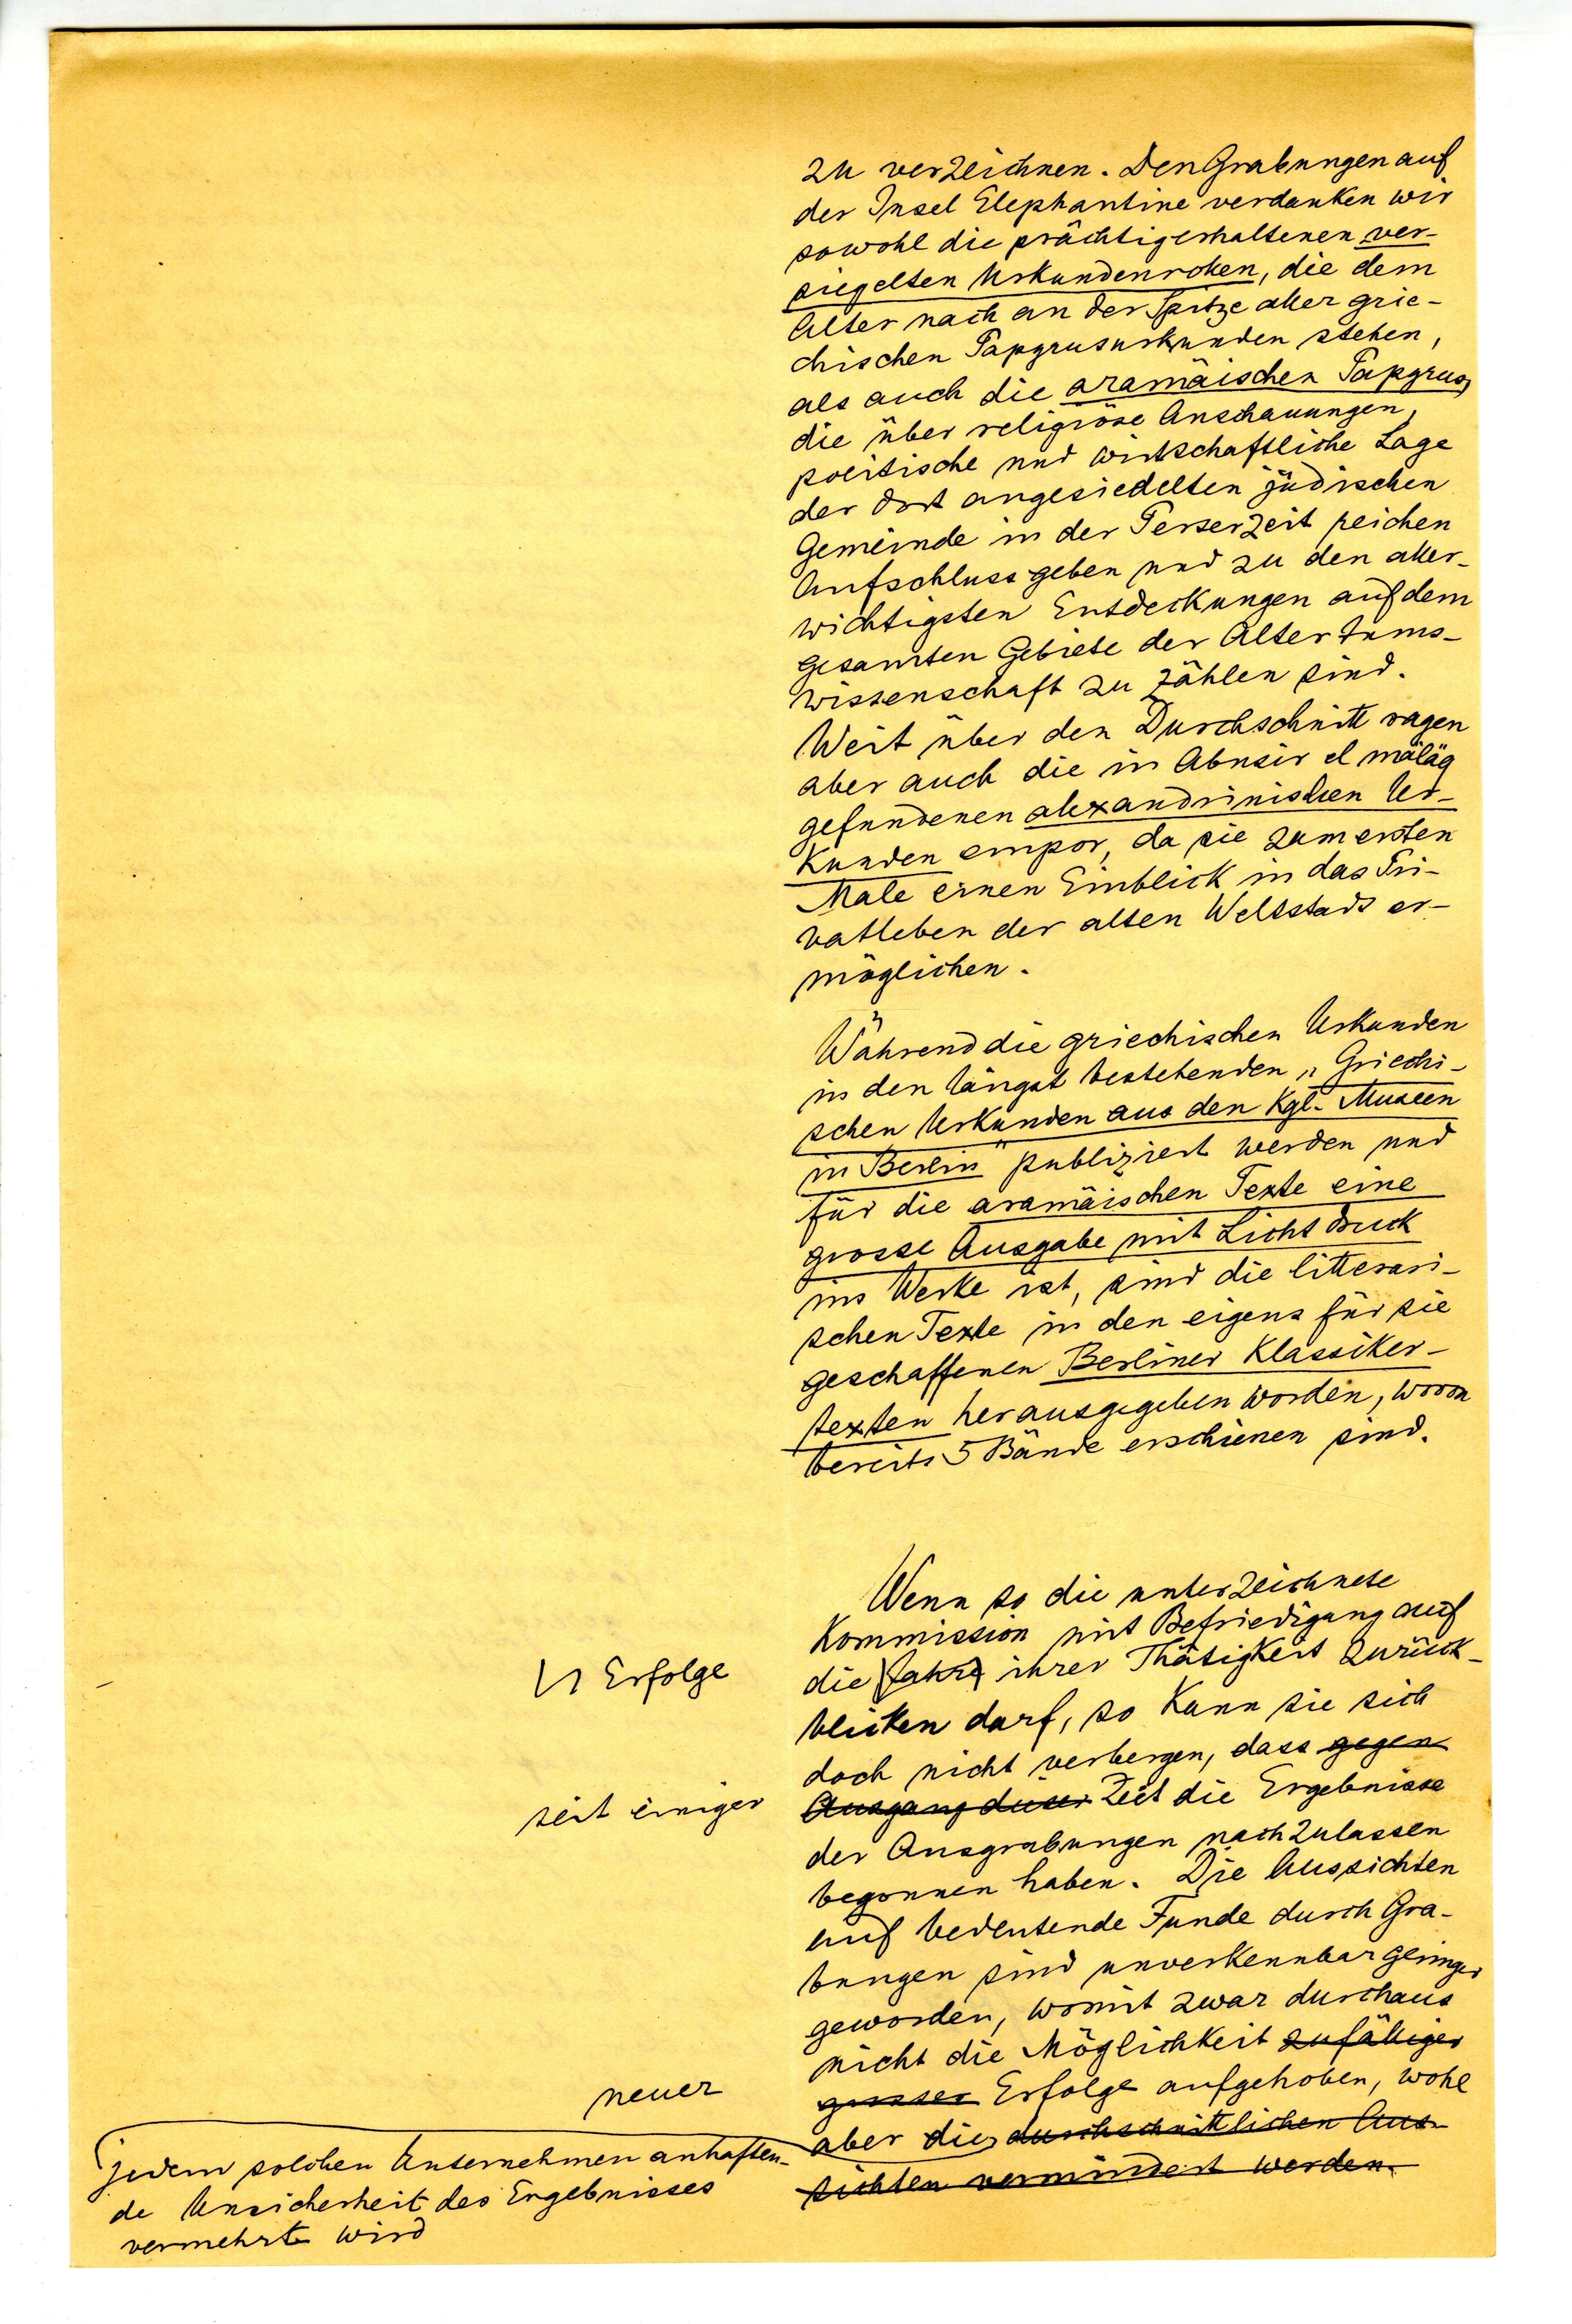
zu verzeichnen. Den Grabungen auf
der Insel Elephantine verdanken wir
sowohl die prächtigerhaltenen ver¬
siegelten Urkundenrollen, die dem
Alter nach an der Spitze aller grie¬
chischen Papyrusurkunden stehen,
als auch die aramäischen Papyrus,
die über religiöse Anschauungen,
poetische und wirtschaftliche Lage
der dort angesiedelten jüdischen
Gemeinde in der Perserzeit reichen
Aufschluss geben und zu den aller¬
wichtigsten Entdeckungen auf dem
gesamten Gebiet der Altertums
wissenschaft zu zählen sind.
Weit über den Durchschnitt ragen
aber auch die in Abnzir el mäläq
gefundenen alexandrinischen Ur¬
kunden empor, da sie zum ersten
Male einen Einblick in das Pri¬
vatleben der alten Weltstadt er¬
möglichen.
Während die griechischen Urkunden
in den längst bestehenden "Griechi¬
schen Urkunden aus den Kgl. Museen
in Berlin" publiziert werden und
für die aramäischen Texte eine
grosse Ausgabe mit Licht Druck
im Werke ist, sind die litterati¬
schen Texte in den eigens für sie
geschaffenen Berliner Klassiker¬
texten herausgegeben worden, wovon
bereits 5 Bände erschienen sind.
Wenn so die unterzeichnete
Kommission mit Befriedigung auf
ihrer Thätigkeit zurück¬
blicken darf, so kann sie sich
doch nicht verbergen, dass
Zeit die Ergebnisse
der Ausgrabungen nachzulassen
begonnen haben. Die Aussichten
auf bedeutende Funde durch Gra¬
bungen sind unverkennbar gerringer
geworden, womit zwar durchaus
nicht die Möglichkeit
Erfolge aufgehoben, wohl
aber die

die Erfolge
seit einiger

neuer
jedem solchen Unternehmen anhaften,
die Unsicherheit des Ergebnisses
vermehrt wird